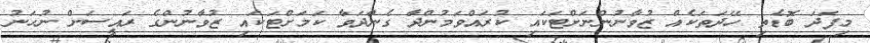
މިފަދަ ބޮޑެތި ހޭދަތަކެއް ޒުވާނުންނަށްޓަކައި ކުރައްވަމުންދާ ގެންދަވާ ކަމަށްޓަކައި ޒުވާނުންގެ ރައީސަށް ނުހަނު